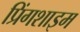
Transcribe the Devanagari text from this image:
प्रिंगशाइम